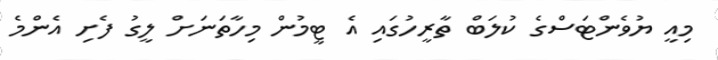
މިއީ ޔުވެންޓަސްގެ ކުލަބް ތާރީހުގައި އެ ޓީމުން މިހާތަނަށް ލީގު ފެށި އެންމެ